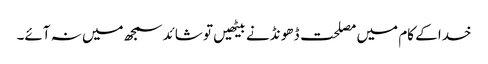
خدا کے کام میں مصلحت ڈھو نڈنے بیٹھیں تو شائد سمجھ میں نہ آئے۔